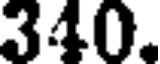
340.